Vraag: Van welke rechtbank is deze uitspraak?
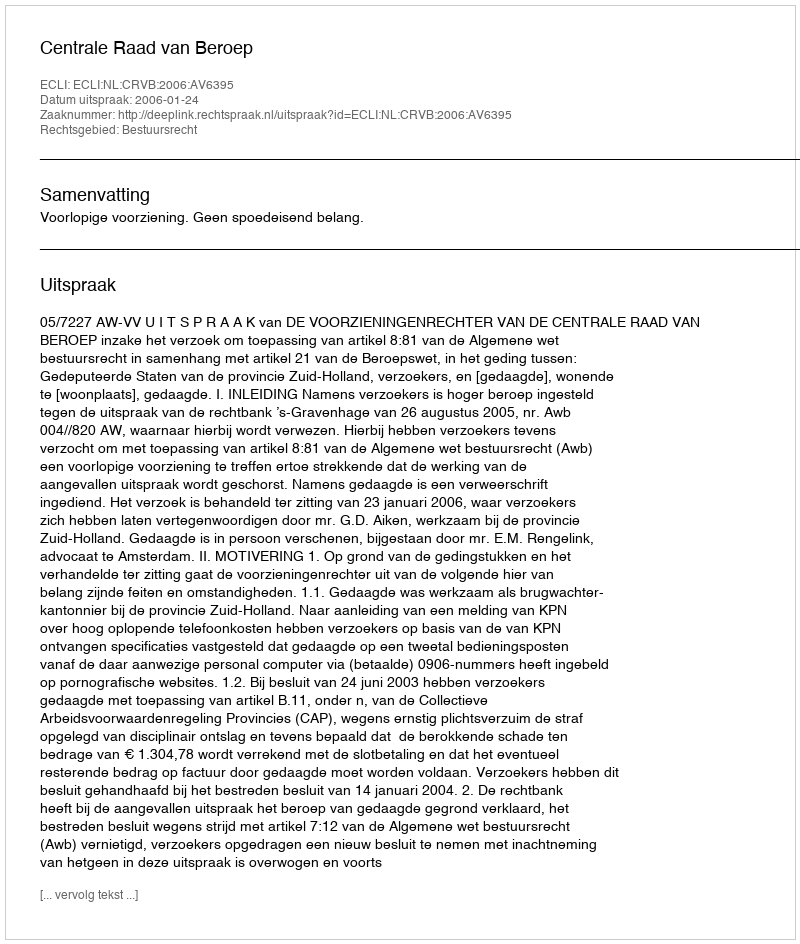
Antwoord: Centrale Raad van Beroep